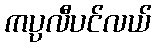
ကပ္ပလီပင်လယ်